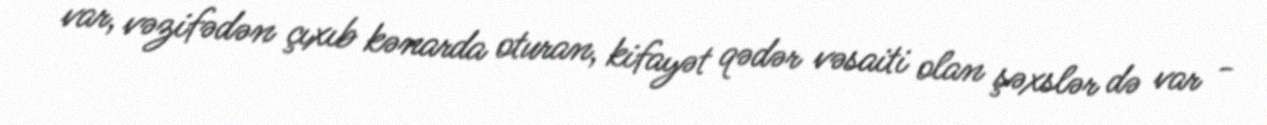
var, vəzifədən çıxıb kənarda oturan, kifayət qədər vəsaiti olan şəxslər də var -